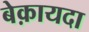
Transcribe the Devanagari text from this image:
बेक़ायदा